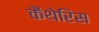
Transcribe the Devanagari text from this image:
कैंथेरिस